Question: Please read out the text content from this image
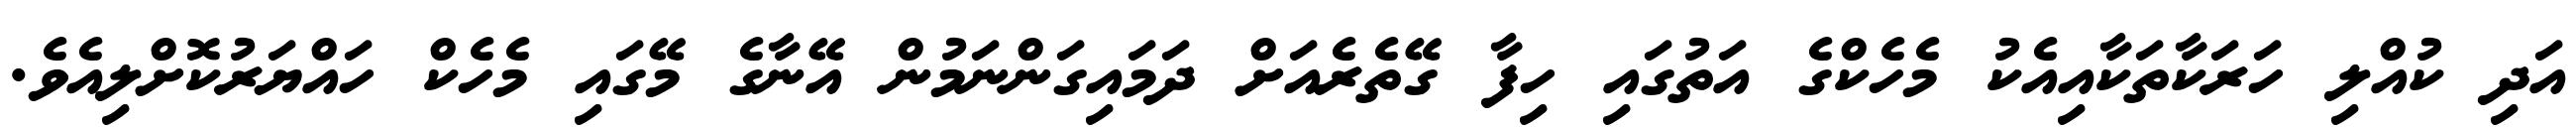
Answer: އަދި ކުއްލި ހަރަކާތަކާއިއެކު މެހެކްގެ އަތުގައި ހިފާ ގޭތެރެއަށް ދަމައިގަންނަމުން އޭނާގެ މޭގައި މެހެކް ހައްޔަރުކޮށްލިއެވެ.